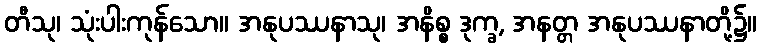
တီသု၊ သုံးပါးကုန်သော။ အနုပဿနာသု၊ အနိစ္စ ဒုက္ခ, အနတ္တ အနုပဿနာတို့၌။